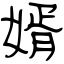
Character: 婿